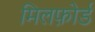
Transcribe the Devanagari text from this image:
मिलफ़ोर्ड